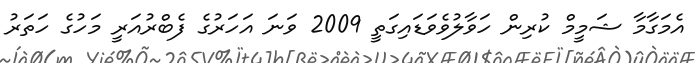
އެމަގާމާ ޝަމީމް ކުރިން ހަވާލުވެވަޑައިގަތީ 2009 ވަނަ އަހަރުގެ ފެބްރުއަރީ މަހުގެ ހަތަރު